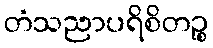
တံသညာပရိစိတဉ္စ